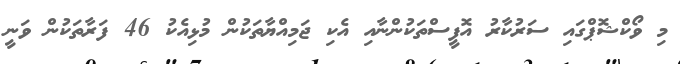
މި ވޯކްޝޮޕްގައި ސަރުކާރު އޮފީސްތަކުންނާއި އެކި ޖަމިއްޔާތަކުން މުޅިއެކު 46 ފަރާތަކުން ވަނީ